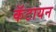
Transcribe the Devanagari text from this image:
कॅटायन